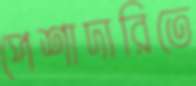
পেশাদারিতে